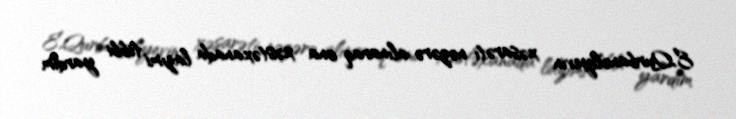
E.Qurbanəliyevin xəsarəti nəzərə alınaraq ona xəstəxanada lazımi tibbi yardım